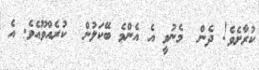
ކުރާށެވެ! ދެން  މެނުވީ އެ އެންމެ ބޭކަލުން  ކުރެއްވޫއެވެ. އެ